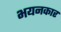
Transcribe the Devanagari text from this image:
भयनकार